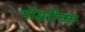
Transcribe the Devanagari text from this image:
भोसरीच्या